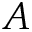
A